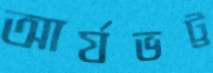
আর্যভট্ট